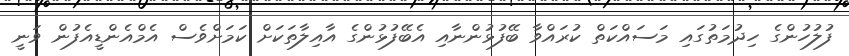
ފުލުހުންގެ ހިދުމަތުގައި މަސައްކަތް ކުރައްވާ ބޭފުޅުންނާއި އެބޭފުޅުންގެ އާއިލާތަކަށް ކަމަށްވެސް އެމްއެންޑީއެފުން ވަނީ